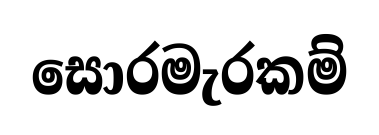
සොරමැරකම්